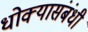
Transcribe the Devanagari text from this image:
धोक्यासंबंधी